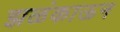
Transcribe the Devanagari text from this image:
झळंकाऊन